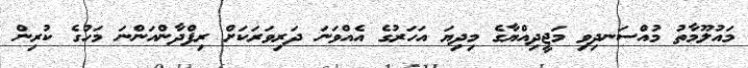
މައުލޫމާތު މުއްސަނދިވި މަޖީދިއްޔާގެ މިދިޔަ އަހަރުގެ އެއްވަނަ ދަރިވަރަކަށް ރިފްދާންއަންނަ މަހުގެ ކުރިން